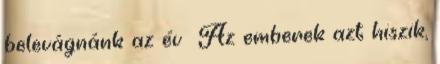
belevágnánk az év Az emberek azt hiszik,